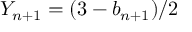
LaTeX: Y _ { n + 1 } = ( 3 - b _ { n + 1 } ) / 2